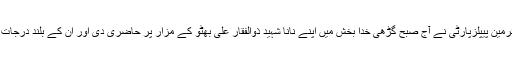
اس کے علاوہ چیئرمین پیپلزپارٹی نے آج صبح گڑھی خدا بخش میں اپنے نانا شہید ذوالفقار علی بھٹو کے مزار پر حاضری دی اور ان کے بلند درجات کے لئے دعا کی۔